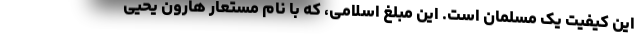
این کیفیت یک مسلمان است. این مبلغ اسلامی، که با نام مستعار هارون یحیی